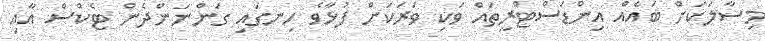
މިސާލަކަށް ބައެއް އިންޑަސްޓްރީތައް ވަކި ވަރަކަށް ފުޅާވެ ހިނގައި ގަންނަންދެން ޓެކްސް އާއި